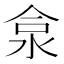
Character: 𱦕